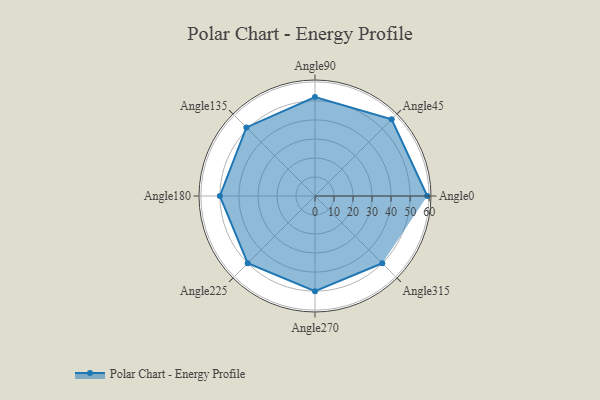
{"axis": {"x": "Angle", "y": "Radius"}, "legend": [""], "data": [{"x": "Angle0", "y": 59.0, "type": ""}, {"x": "Angle45", "y": 57.0, "type": ""}, {"x": "Angle90", "y": 52.0, "type": ""}, {"x": "Angle135", "y": 51.0, "type": ""}, {"x": "Angle180", "y": 50, "type": ""}, {"x": "Angle225", "y": 50, "type": ""}, {"x": "Angle270", "y": 50, "type": ""}, {"x": "Angle315", "y": 50, "type": ""}]}